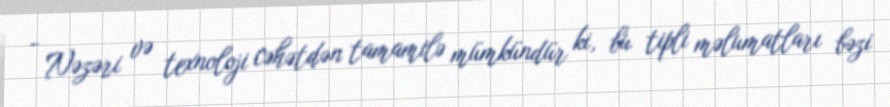
- Nəzəri və texnoloji cəhətdən tamamilə mümkündür ki, bu tipli məlumatları bəzi